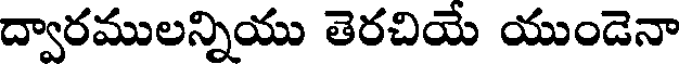
ద్వారములన్నియు తెరచియే యుండెనా